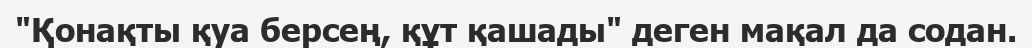
"Қонақты қуа берсең, құт қашады" деген мақал да содан.